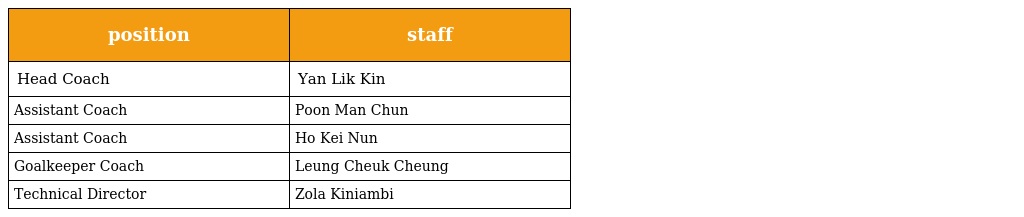
| position | staff |
 | --- | --- |
 | Head Coach | Yan Lik Kin |
 | Assistant Coach | Poon Man Chun |
 | Assistant Coach | Ho Kei Nun |
 | Goalkeeper Coach | Leung Cheuk Cheung |
 | Technical Director | Zola Kiniambi |